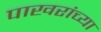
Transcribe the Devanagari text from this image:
पाखरांच्या